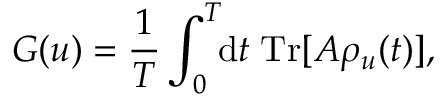
G ( u ) = \frac { 1 } { T } \int _ { 0 } ^ { T } \! \! \mathrm { d } t \; \mathrm { T r } [ A \rho _ { u } ( t ) ] ,